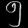
Digit: ၅